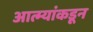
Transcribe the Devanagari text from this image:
आत्म्यांकडून